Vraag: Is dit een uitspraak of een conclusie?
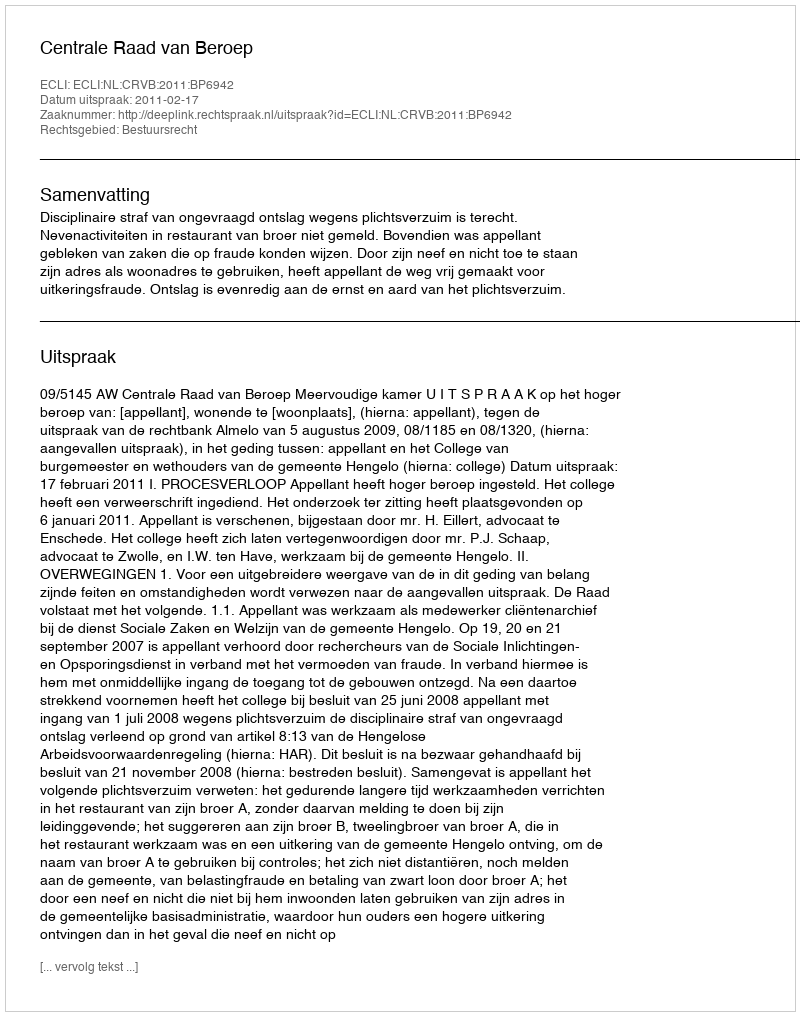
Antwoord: Uitspraak